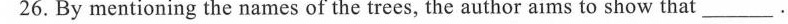
26.By mentioning the names of the trees, the author aims to show that___.